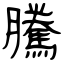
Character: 騰